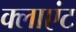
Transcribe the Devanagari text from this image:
क्‍लाएंट